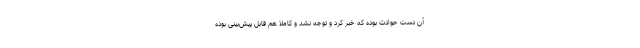
آن دست حوادث بوده که خبر کرد و توجه نشد و کاملا هم قابل پیش‌بینی بوده